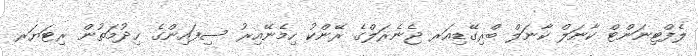
ލެފްޓިނަންޓް ކާނަލް ކާނަލް ބްރިގޭޑިއަރ ޖެނެރަލްގެ ރޭންކު ހިމެނޭއިރު ސިފައިންގެ ޚިދުމަތުން ރިޓަޔަރ